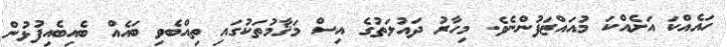
ހައެއްކަ އަށެއްކަ މުއައްޒަފުންނެވެ. މިހާރު ދައުލަތުގެ އިސް މަޤާމުތަކުގައި ތިއްބެވި ބައެއް ބެއިބެއިފުޅުން